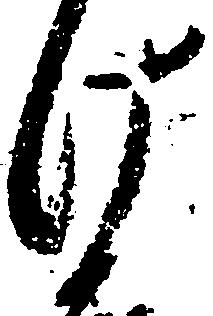
け